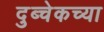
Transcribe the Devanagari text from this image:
दुब्चेकच्या